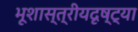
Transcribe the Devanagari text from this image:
भूशास्त्रीयदृष्ट्या